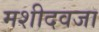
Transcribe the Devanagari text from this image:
मशीदवजा